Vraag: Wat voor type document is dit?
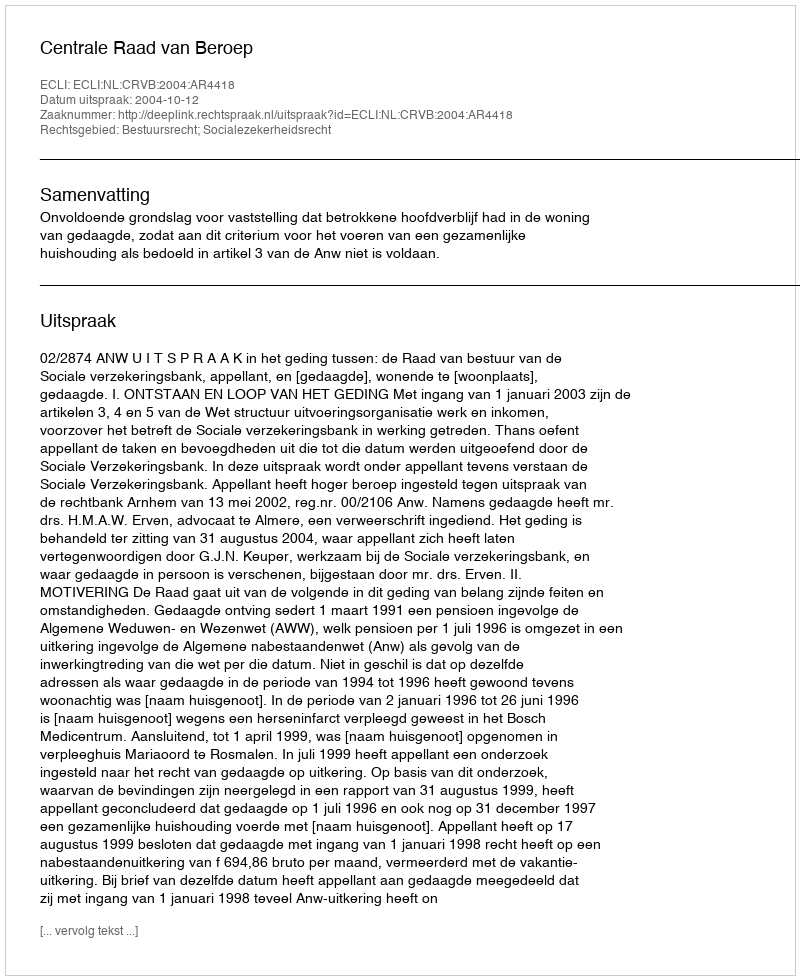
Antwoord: Uitspraak